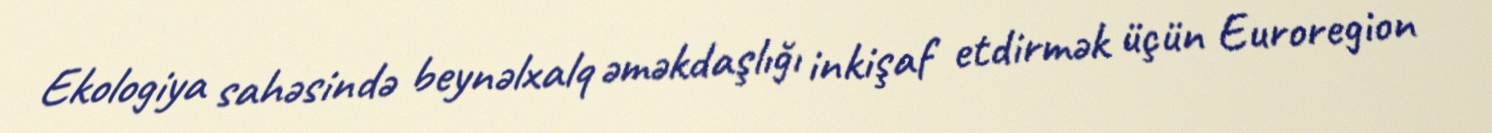
Ekologiya sahəsində beynəlxalq əməkdaşlığı inkişaf etdirmək üçün Euroregion